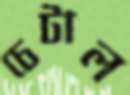
চেটাল